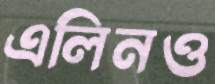
এলিনও